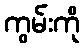
ကွမ်းကို